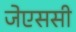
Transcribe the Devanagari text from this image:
जेएससी